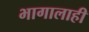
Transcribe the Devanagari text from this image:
भागालाही